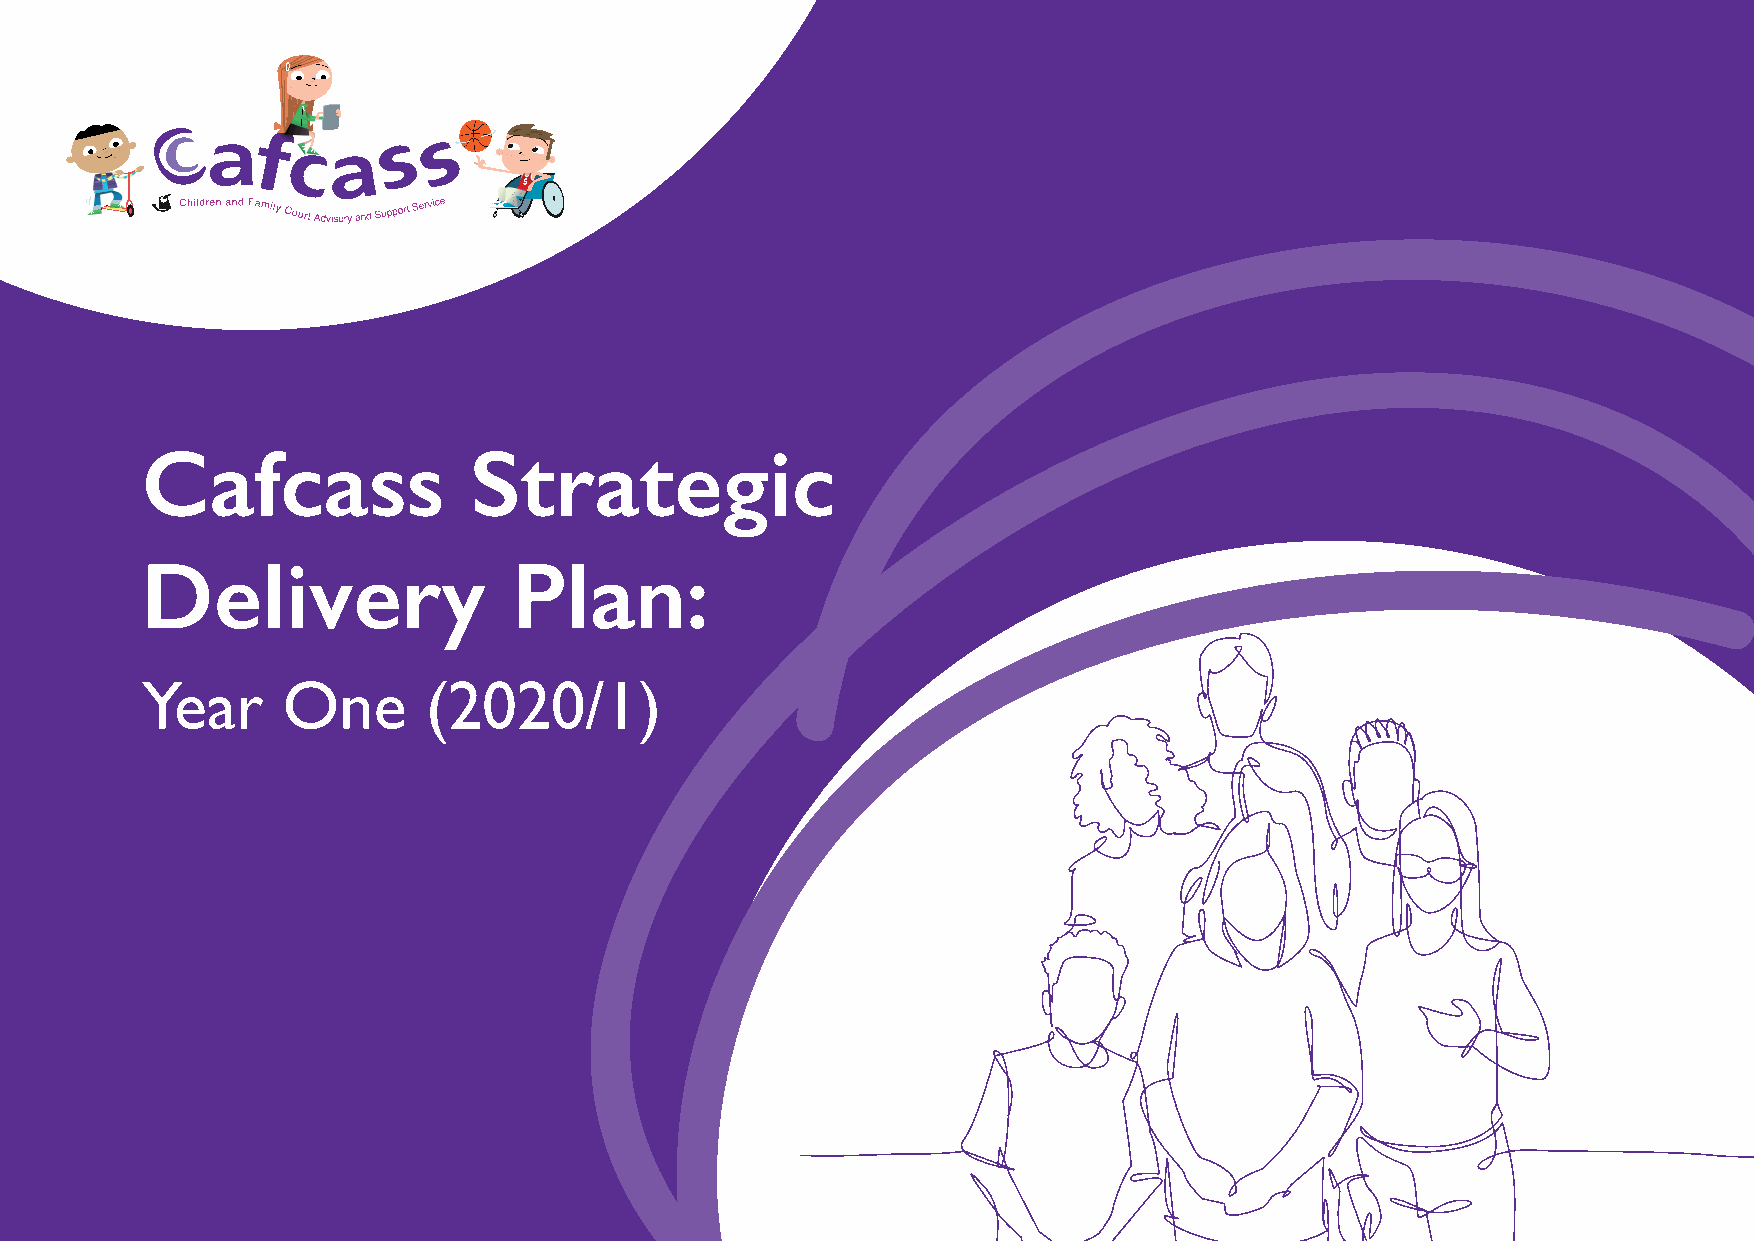
Cafcass               Strategic
 Delivery                 Plan:
 Year      One      (2020/1)
 1